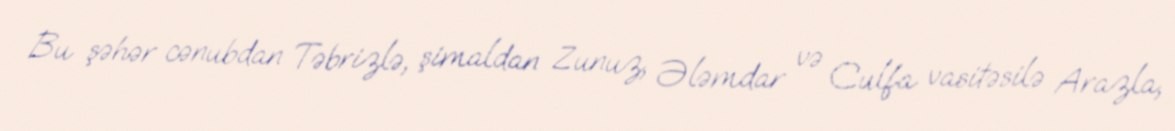
Bu şəhər cənubdan Təbrizlə, şimaldan Zunuz, Ələmdar və Culfa vasitəsilə Arazla,